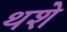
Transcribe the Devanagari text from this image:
थशे